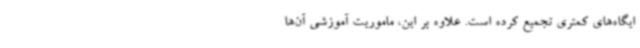
ایگاه‌های کمتری تجمیع کرده است. علاوه بر این، ماموریت آموزشی آن‌ها